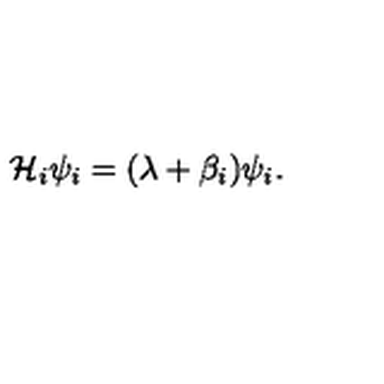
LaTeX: { \cal H } _ { i } \psi _ { i } = ( \lambda + \beta _ { i } ) \psi _ { i } .